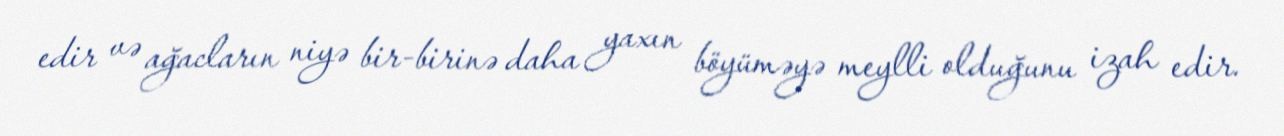
edir və ağacların niyə bir-birinə daha yaxın böyüməyə meylli olduğunu izah edir.